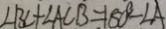
\angle B C + \angle A C B = 1 8 0 ^ { \circ } - \angle A